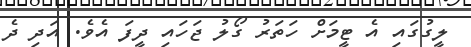
ލީގުގައި އެ ޓީމަށް ހަތަރު ގޯލު ޖަހައި ދީފަ އެވެ. އަދި ދެ